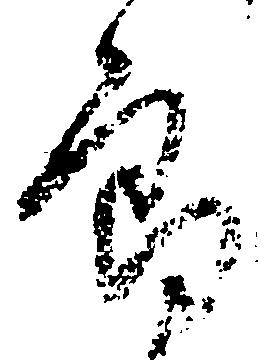
郎